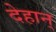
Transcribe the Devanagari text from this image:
देहान्